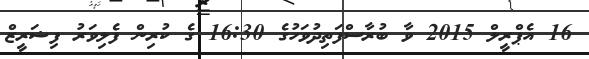
16 އެޕްރީލް 2015 ވާ ބުރާސްފަތިދުވަހުގެ 16:30 ގެ ކުރިން ފެލިވަރު ފިޝަރީޒް